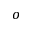
^ o